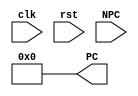
module PC( clk, rst, 
            NPC, PC );

  input              clk;
  input              rst;
  input       [31:0] NPC;
  output reg  [31:0] PC;

initial
  PC <= 32'b0;

always @(posedge rst)
    PC <= 32'h0000_0000;

always @(posedge clk)
      PC <= NPC;
      
endmodule